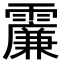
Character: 𩆌